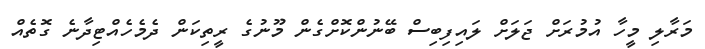
މަރާލި މީހާ އުމުރަށް ޖަލަށް ލައިފިބިސް ބޭނުންކޮށްގެން މޫނުގެ ރީތިކަން ދެމެހެއްޓިދާނެ ގޮތެއް